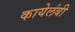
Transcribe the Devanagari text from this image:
कायेलंबी